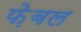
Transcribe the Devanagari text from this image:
फे़बल